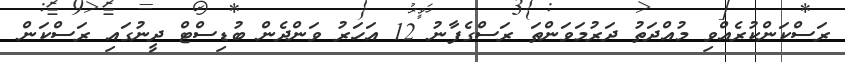
ރަސްކަންކުރެއްވި މުއްދަތު ދަރުމަވަންތަ ރަސްގެފާނު 12 އަހަރު ވަންދެން ބުޑިސްޓް ދީނުގައި ރަސްކަން